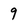
Character: 9